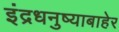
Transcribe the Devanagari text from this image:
इंद्रधनुष्याबाहेर